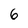
Character: 6